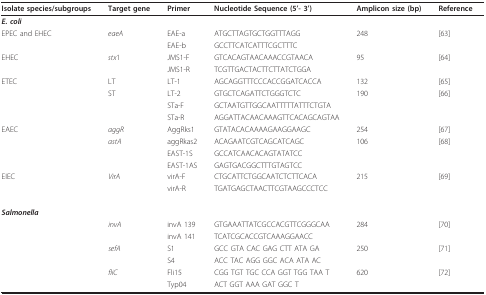
<table><thead><tr><td><b>Isolate species/subgroups </b></td><td><b>Target gene</b></td><td><b>Primer </b></td><td><b>Nucleotide Sequence (5&#x27;- 3&#x27;)</b></td><td><b>Amplicon size (bp)</b></td><td><b>Reference</b></td></tr></thead><tbody><tr><td colspan="6"><b><i>E. coli</i></b></td></tr><tr><td>EPEC and EHEC</td><td><i>eaeA</i></td><td>EAE-a</td><td>ATGCTTAGTGCTGGTTTAGG</td><td>248</td><td>[63]</td></tr><tr><td></td><td></td><td>EAE-b</td><td>GCCTTCATCATTTCGCTTTC</td><td></td><td></td></tr><tr><td>EHEC</td><td><i>stx</i>1</td><td>JMS1-F</td><td>GTCACAGTAACAAACCGTAACA</td><td>95</td><td>[64]</td></tr><tr><td></td><td></td><td>JMS1-R</td><td>TCGTTGACTACTTCTTATCTGGA</td><td></td><td></td></tr><tr><td>ETEC</td><td>LT</td><td>LT-1</td><td>AGCAGGTTTCCCACCGGATCACCA</td><td>132</td><td>[65]</td></tr><tr><td></td><td>ST</td><td>LT-2</td><td>GTGCTCAGATTCTGGGTCTC</td><td>190</td><td>[66]</td></tr><tr><td></td><td></td><td>STa-F</td><td>GCTAATGTTGGCAATTTTTATTTCTGTA</td><td></td><td></td></tr><tr><td></td><td></td><td>STa-R</td><td>AGGATTACAACAAAGTTCACAGCAGTAA</td><td></td><td></td></tr><tr><td>EAEC</td><td><i>aggR</i></td><td>AggRks1</td><td>GTATACACAAAAGAAGGAAGC</td><td>254</td><td>[67]</td></tr><tr><td></td><td><i>astA</i></td><td>aggRkas2</td><td>ACAGAATCGTCAGCATCAGC</td><td>106</td><td>[68]</td></tr><tr><td></td><td></td><td>EAST-1S</td><td>GCCATCAACACAGTATATCC</td><td></td><td></td></tr><tr><td></td><td></td><td>EAST-1AS</td><td>GAGTGACGGCTTTGTAGTCC</td><td></td><td></td></tr><tr><td>EIEC</td><td><i>VirA</i></td><td>virA-F</td><td>CTGCATTCTGGCAATCTCTTCACA</td><td>215</td><td>[69]</td></tr><tr><td></td><td></td><td>virA-R</td><td>TGATGAGCTAACTTCGTAAGCCCTCC</td><td></td><td></td></tr><tr><td colspan="6"><b><i>Salmonella</i></b></td></tr><tr><td></td><td><i>invA </i></td><td>invA 139</td><td>GTGAAATTATCGCCACGTTCGGGCAA</td><td>284</td><td>[70]</td></tr><tr><td></td><td></td><td>invA 141</td><td>TCATCGCACCGTCAAAGGAACC</td><td></td><td></td></tr><tr><td></td><td><i>sefA</i></td><td>S1</td><td>GCC GTA CAC GAG CTT ATA GA</td><td>250</td><td>[71]</td></tr><tr><td></td><td></td><td>S4</td><td>ACC TAC AGG GGC ACA ATA AC</td><td></td><td></td></tr><tr><td></td><td><i>fliC</i></td><td>Fli15</td><td>CGG TGT TGC CCA GGT TGG TAA T</td><td>620</td><td>[72]</td></tr><tr><td></td><td></td><td>Typ04</td><td>ACT GGT AAA GAT GGC T</td><td></td><td></td></tr></tbody></table>